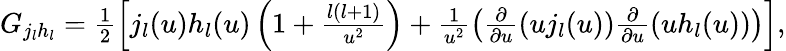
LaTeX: \begin{array}{r}{G_{j_{l}h_{l}}=\frac{1}{2}\left[j_{l}(u)h_{l}(u)\left(1+\frac{l(l+1)}{u^{2}}\right)+\frac{1}{u^{2}}\left(\frac{\partial}{\partial u}\left(uj_{l}(u)\right)\frac{\partial}{\partial u}\left(uh_{l}(u)\right)\right)\right],}\end{array}